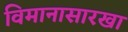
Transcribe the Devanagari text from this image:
विमानासारखा